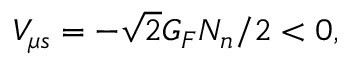
V _ { \mu s } = - \sqrt { 2 } G _ { F } N _ { n } / 2 < 0 ,